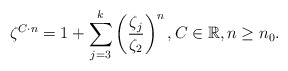
\begin{align*} \zeta^{C\cdot n}= 1+\sum_{j=3}^{k}\left(\frac{\zeta_{j}}{\zeta_{2}}\right)^{n}, C\in{\mathbb{R}},n\geq n_{0}.\end{align*}